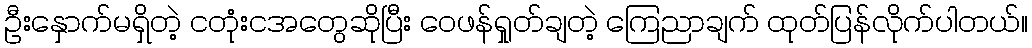
ဦးနှောက်မရှိတဲ့ ငတုံးငအတွေဆိုပြီး ဝေဖန်ရှုတ်ချတဲ့ ကြေညာချက် ထုတ်ပြန်လိုက်ပါတယ်။